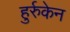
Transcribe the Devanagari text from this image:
हुर्रुकेन